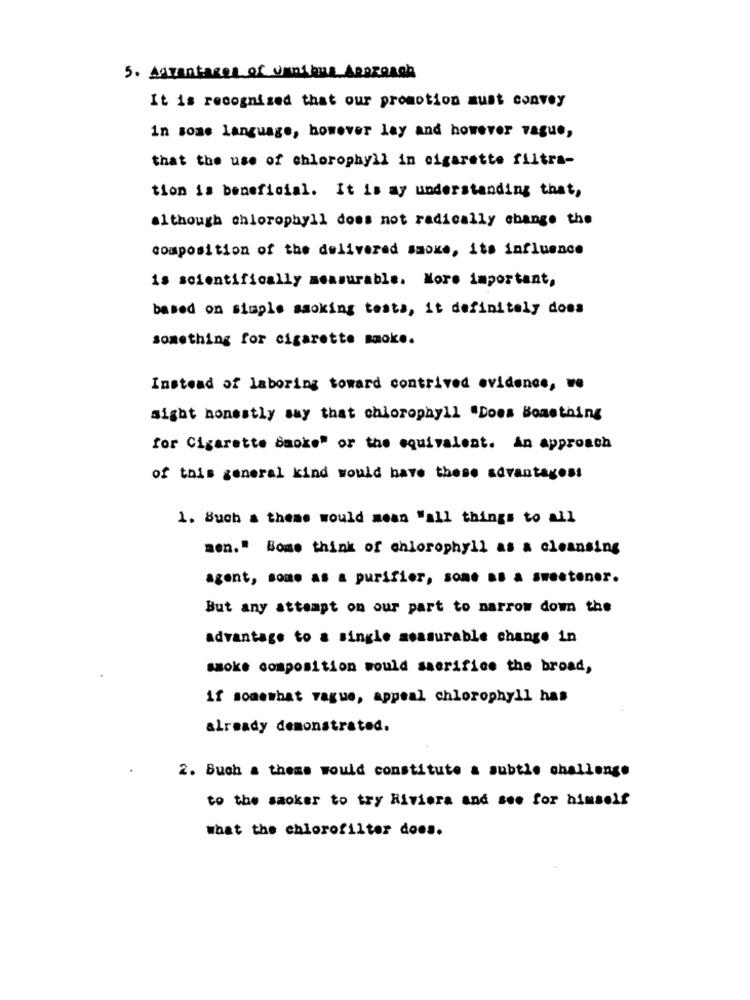
5. Advantages of Unique APPROACH
It is recognized that our promotion must convey
in some language, however lay and however vague,
that the use of chlorophyll in cigarette filtra-
tion is beneficial. It is my understanding that,
although chlorophyll does not radically change the
composition of the delivered smoke, its influence
is scientifically measurable. More important,
based on simple smoking testa, it definitely does
something for cigarette smoke.
Instead of laboring toward contrived evidence, we
sight honestly say that chlorophyll "Does Something
for Cigarette smoke" or the equivalent. An approach
of this general kind would have these advantagess
1. Such a theme would mean "all things to all
men." Bome think of enlorophyll as a cleansing
agent, some as a purifier, some as a sweetener.
But any attempt on our part to narrow down the
advantage to a single measurable change in
smoke composition would sacrifice the broad,
if somewhat vague, appeal chlorophyll has
already demonstrated.
2. Buch a thems would constitute a subtle challenge
to the saoker to try Riviera and see for himself
what the chlorofilter does.